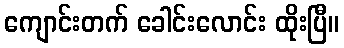
ကျောင်းတက် ခေါင်းလောင်း ထိုးပြီ။